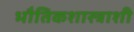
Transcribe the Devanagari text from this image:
भौतिकशास्त्राशी